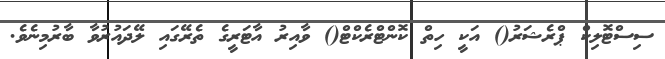
ސިސްޓޮލިކް ޕްރެޝަރު() އަކީ ހިތް ކޮންޓްރެކްޓް() ވާއިރު އާޓަރީގެ ތެރޭގައި ލޭދައުރުވާ ބާރުމިނެވެ.